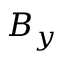
B _ { y }